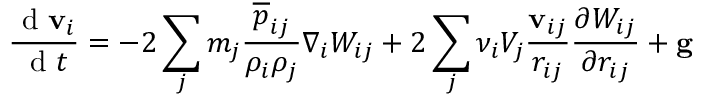
\frac { \mathrm { ~ d ~ } \mathbf { v } _ { i } } { \mathrm { ~ d ~ } t } = - 2 \sum _ { j } m _ { j } \frac { \overline { { { p } } } _ { i j } } { \rho _ { i } \rho _ { j } } \nabla _ { i } W _ { i j } + 2 \sum _ { j } \nu _ { i } V _ { j } \frac { \mathbf { v } _ { i j } } { r _ { i j } } \frac { \partial W _ { i j } } { \partial r _ { i j } } + \mathbf { g }